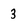
Character: 3